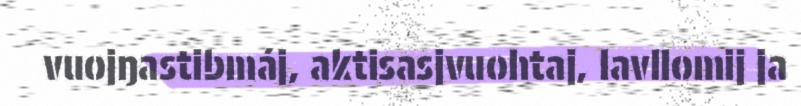
vuojŋastibmáj, aktisasjvuohtaj, lavllomij ja